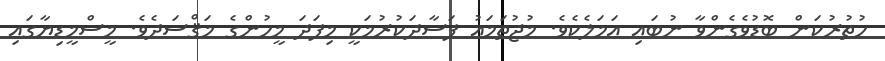
ހުތުރުކަން ބޮޑުވެގެންވާ ނުބައި އަމަލެކެވެ. މުޖުތަމަޢު ފަސާދަކުރުމަކީ މިފަދަ މީހުންގެ މަޤްސަދެވެ. މީސްމީޑިޔާގައި